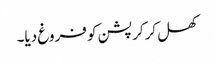
کھل کرکرپشن کو فروغ دیا۔